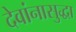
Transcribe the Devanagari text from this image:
देवांनासुद्धा